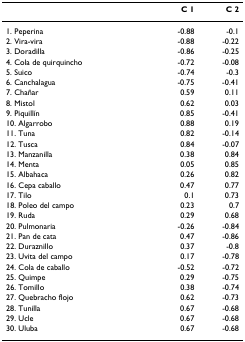
|  | C 1 | C 2 |
 | --- | --- | --- |
 | 1. Peperina | -0.88 | -0.1 |
 | 2. Vira-vira | -0.88 | -0.22 |
 | 3. Doradilla | -0.86 | -0.25 |
 | 4. Cola de quirquincho | -0.72 | -0.08 |
 | 5. Suico | -0.74 | -0.3 |
 | 6. Canchalagua | -0.75 | -0.41 |
 | 7. Chañar | 0.59 | 0.11 |
 | 8. Mistol | 0.62 | 0.03 |
 | 9. Piquillín | 0.85 | -0.41 |
 | 10. Algarrobo | 0.88 | 0.19 |
 | 11. Tuna | 0.82 | -0.14 |
 | 12. Tusca | 0.84 | -0.07 |
 | 13. Manzanilla | 0.38 | 0.84 |
 | 14. Menta | 0.05 | 0.85 |
 | 15. Albahaca | 0.26 | 0.82 |
 | 16. Cepa caballo | 0.47 | 0.77 |
 | 17. Tilo | 0.1 | 0.73 |
 | 18. Poleo del campo | 0.23 | 0.7 |
 | 19. Ruda | 0.29 | 0.68 |
 | 20. Pulmonaria | -0.26 | -0.84 |
 | 21. Pan de cata | 0.47 | -0.86 |
 | 22. Duraznillo | 0.37 | -0.8 |
 | 23. Uvita del campo | 0.17 | -0.78 |
 | 24. Cola de caballo | -0.52 | -0.72 |
 | 25. Quimpe | 0.29 | -0.75 |
 | 26. Tomillo | 0.38 | -0.74 |
 | 27. Quebracho flojo | 0.62 | -0.73 |
 | 28. Tunilla | 0.67 | -0.68 |
 | 29. Ucle | 0.67 | -0.68 |
 | 30. Uluba | 0.67 | -0.68 |